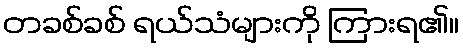
တခစ်ခစ် ရယ်သံများကို ကြားရ၏။